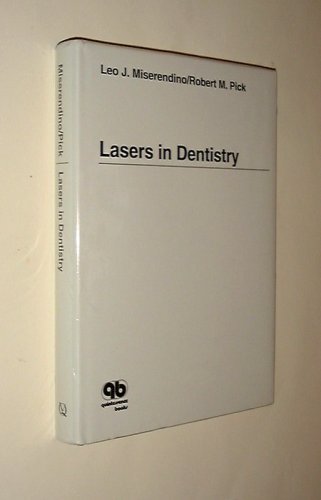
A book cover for Lasers in Dentistry; Leo J. Miserendino; Medical Books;